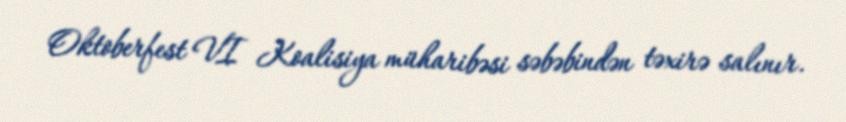
Oktoberfest VI Koalisiya müharibəsi səbəbindən təxirə salınır.